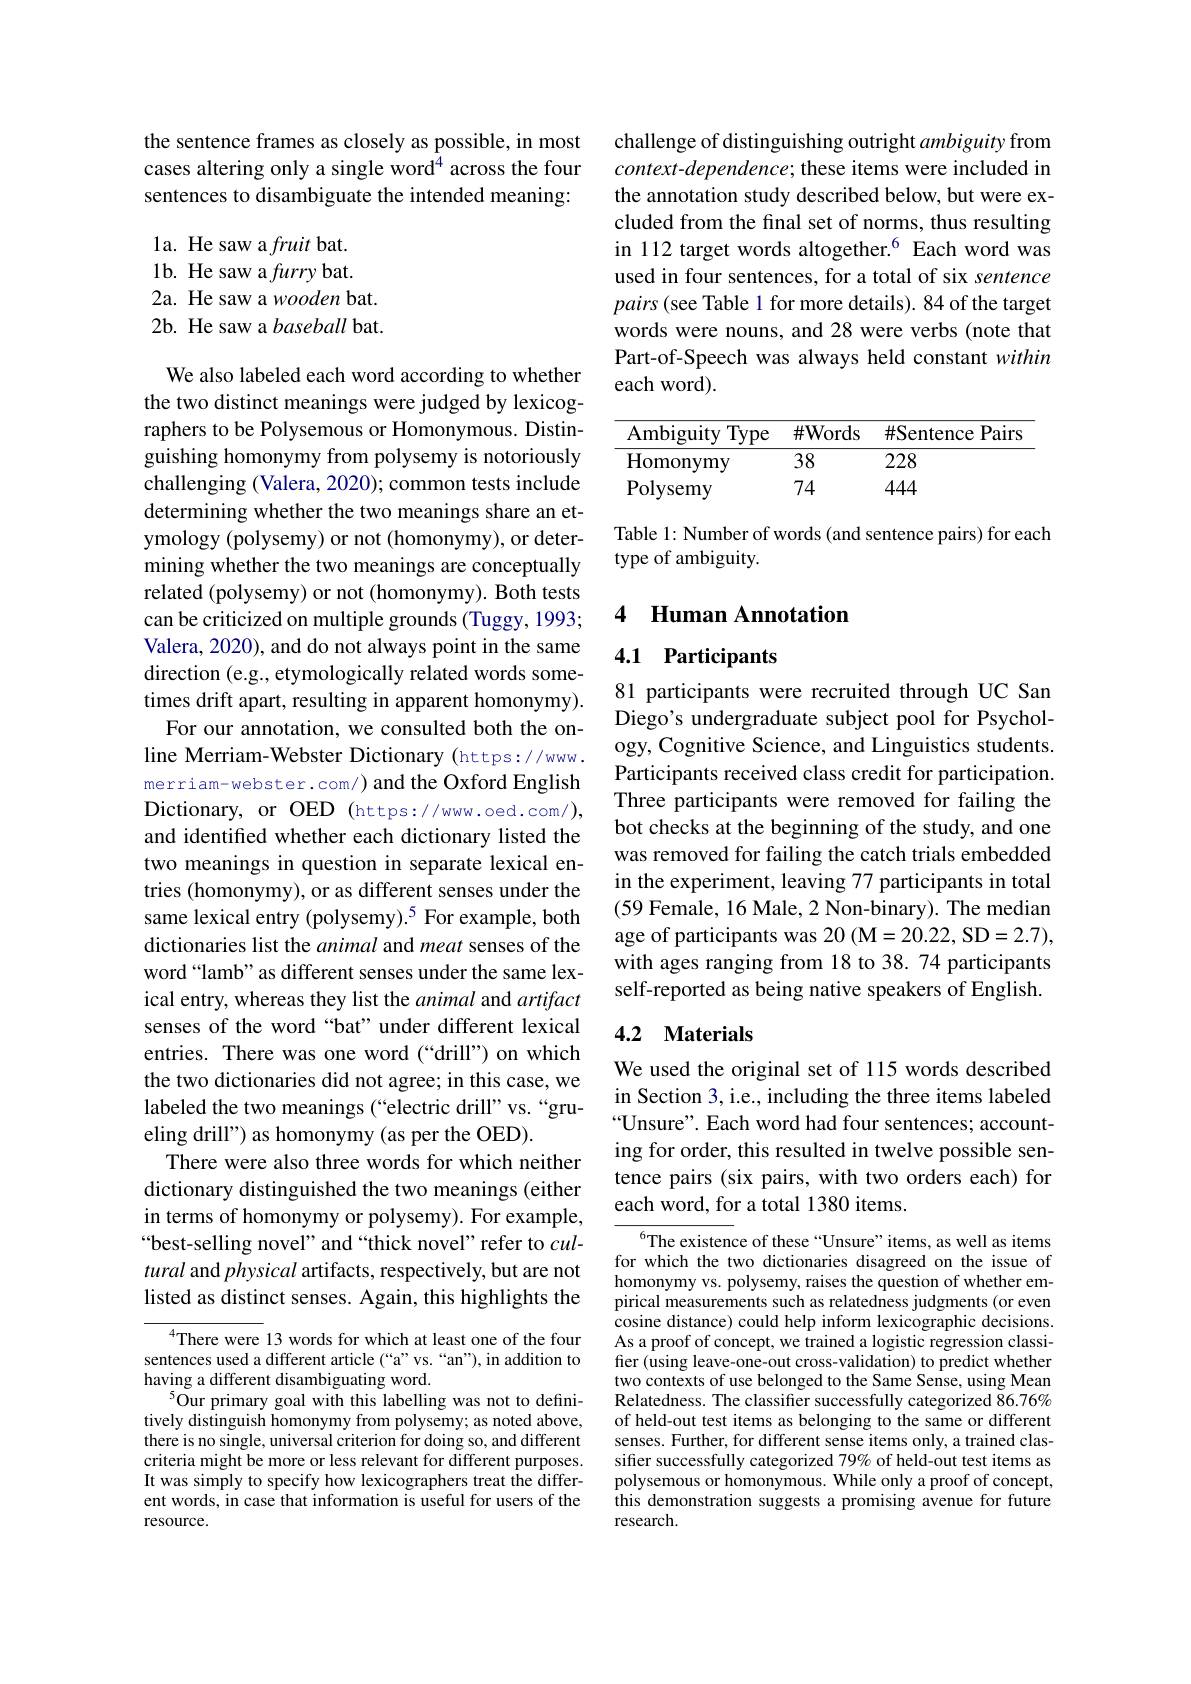
the sentence frames as closely as possible, in most cases altering only a single word$^{4}$ across the four sentences to disambiguate the intended meaning:

1a. He saw a fruit bat. 1b. He saw a furry bat. 2a. He saw a wooden bat. 2b. He saw a baseball bat.

We also labeled each word according to whether the two distinct meanings were judged by lexicographers to be Polysemous or Homonymous. Distinguishing homonymy from polysemy is notoriously challenging (Valera, 2020); common tests include determining whether the two meanings share an etymology (polysemy) or not (homonymy), or determining whether the two meanings are conceptually related (polysemy) or not (homonymy). Both tests can be criticized on multiple grounds (Tuggy, 1993; Valera, 2020), and do not always point in the same direction (e.g., etymologically related words sometimes drift apart, resulting in apparent homonymy).
For our annotation, we consulted both the online Merriam-Webster Dictionary (https://www. merriam-webster.com/) and the Oxford English Dictionary, or OED (https://www.oed.com/), and identified whether each dictionary listed the two meanings in question in separate lexical entries (homonymy), or as different senses under the same lexical entry (polysemy).$^{5}$ For example, both dictionaries list the animal and meat senses of the word“lamb” as different senses under the same lexical entry, whereas they list the animal and artifact senses of the word “bat”under different lexical entries. There was one word (“drill”) on which the two dictionaries did not agree; in this case, we labeled the two meanings (“electric drill”vs.“grueling drill") as homonymy (as per the OED).
There were also three words for which neither dictionary distinguished the two meanings (either in terms of homonymy or polysemy). For example, “best-selling novel”and“thick novel”refer to $cul-$ tural and physical artifacts, respectively, but are not listed as distinct senses. Again, this highlights the
$^{4}$There were 13 words for which at least one of the four

sentences used a different article (“a”vs.“an”), in addition to
having a different disambiguating word.
$^{5}$Our primary goal with this labelling was not to definitively distinguish homonymy from polysemy; as noted above, there is no single, universal criterion for doing so, and different criteria might be more or less relevant for different purposes. It was simply to specify how lexicographers treat the different words, in case that information is useful for users of the resource.

challenge of distinguishing outright ambiguity from $context-dependence;$ these items were included in the annotation study described below, but were excluded from the final set of norms, thus resulting in 112 target words altogether.$^{6}$ Each word was used in four sentences, for a total of six sentence pairs (see Table 1 for more details). 84 of the target words were nouns, and 28 were verbs (note that Part-of-Speech was always held constant within each word).

<table>
	<tbody>
		<tr>
			<th>Ambiguity Type</th>
			<th>$\#$Words</th>
			<th>$\#$Sentence Pairs </th>
		</tr>
		<tr>
			<td>${\mathrm{Homonymy}}$</td>
			<td>38</td>
			<td>228</td>
		</tr>
		<tr>
			<td>Polysemy</td>
			<td>74</td>
			<td>444</td>
		</tr>
	</tbody>
</table>

Table 1: Number of words (and sentence pairs) for each
type of ambiguity.

## 4 Human Annotation

# 4.1 Participants

81 participants were recruited through UC San Diego's undergraduate subject pool for Psychology, Cognitive Science, and Linguistics students. Participants received class credit for participation. Three participants were removed for failing the bot checks at the beginning of the study, and one was removed for failing the catch trials embedded in the experiment, leaving 77 participants in total (59 Female, 16 Male, 2 Non-binary). The median age of participants was 20 (M=20.22, SD=2.7), with ages ranging from 18 to 38. 74 participants self-reported as being native speakers of English.

## 4.2 Materials

We used the original set of 115 words described in Section 3, i.e., including the three items labeled “Unsure”. Each word had four sentences; accounting for order, this resulted in twelve possible sentence pairs (six pairs, with two orders each) for each word, for a total 1380 items.

$^{6}$The existence of these“Unsure”items, as well as items for which the two dictionaries disagreed on the issue of homonymy vs. polysemy, raises the question of whether empirical measurements such as relatedness judgments (or even cosine distance) could help inform lexicographic decisions. As a proof of concept, we trained a logistic regression classifier (using leave-one-out cross-validation) to predict whether two contexts of use belonged to the Same Sense, using Mean Relatedness. The classifier successfully categorized $86.76\%$ of held-out test items as belonging to the same or different senses. Further, for different sense items only, a trained classifier successfully categorized 79% of held-out test items as polysemous or homonymous. While only a proof of concept, this demonstration suggests a promising avenue for future research